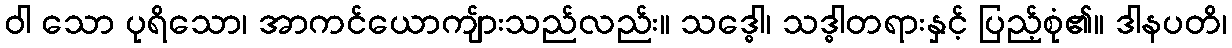
ဝါ သော ပုရိသော၊ အာကင်ယောကျ်ားသည်လည်း။ သဒ္ဓေါ၊ သဒ္ဓါတရားနှင့် ပြည့်စုံ၏။ ဒါနပတိ၊